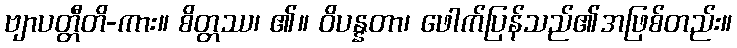
ဗျာပတ္တီတိ-ကား။ စိတ္တဿ၊ ၏။ ဝိပန္နတာ၊ ဖေါက်ပြန်သည်၏အဖြစ်တည်း။